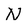
Character: N